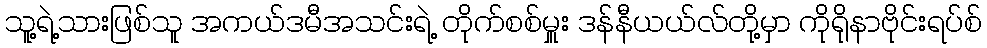
သူ့ရဲ့သားဖြစ်သူ အကယ်ဒမီအသင်းရဲ့ တိုက်စစ်မှူး ဒန်နီယယ်လ်တို့မှာ ကိုရိုနာဗိုင်းရပ်စ်